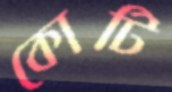
কোটি